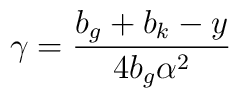
\gamma =\frac{b_{g}+b_{k}-y}{4b_{g}\alpha^{2}}